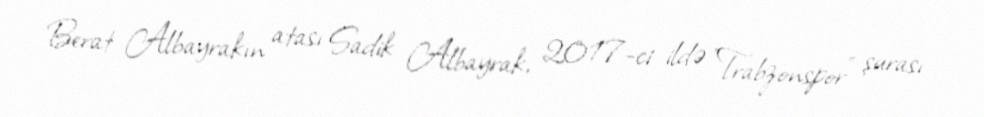
Berat Albayrakın atası Sadik Albayrak, 2017-ci ildə "Trabzonspor" şurası